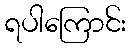
ရပါကြောင်း